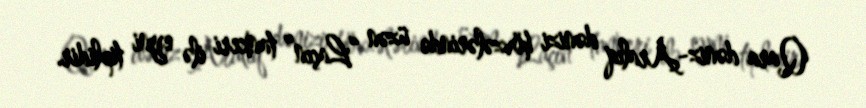
Qara dəniz-Aralıq dənizi hövzələrində üzən “Laçın” tankeri ilə eyni tiplidir.